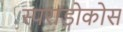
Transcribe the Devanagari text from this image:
स्पराडोकोस